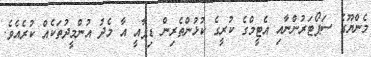
މެންޔޫގެ ސަޕޯޓަރުންނާއި އެޓީމްގެ ކުރީގެ ކުޅުންތެރިން ޑިޕާއީ އާ މެދު އުންމީދުތަކެއް ކުރެއެވެ.